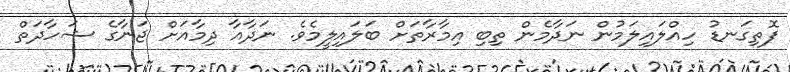
ފޮތިގަނޑު ހިއްލައިލަމުން ނަދާމެން ތިބި އިމާރާތަށް ބަލައިލީމެވެ. ނަދާއާ ދިމާއަށް ޖަނާގެ ޝަހާދަތް